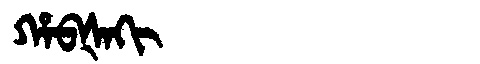
Manchu: ᡥᠠᠪᡧᠠᡴᡳ
Romanization: HABŠAKI